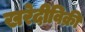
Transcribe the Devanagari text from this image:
खरेदीविक्री